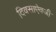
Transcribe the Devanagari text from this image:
दिवसाऐवजी